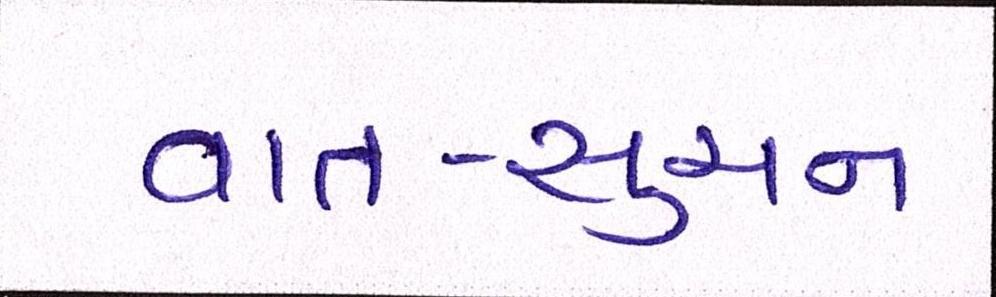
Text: વાત-સુચન